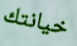
خيانتك